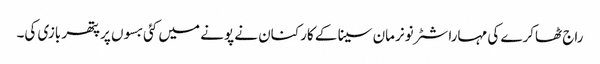
راج ٹھاکرے کی مہاراشٹر نونرمان سینا کے کارکنان نے پونے میں کئی بسوں پر پتھر بازی کی۔